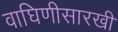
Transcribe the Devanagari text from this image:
वाघिणीसारखी